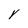
Character: Y